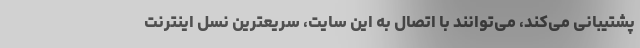
پشتیبانی می‌کند، می‌توانند با اتصال به این سایت، سریعترین نسل اینترنت